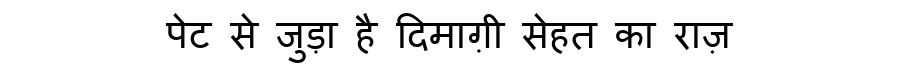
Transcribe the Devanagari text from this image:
पेट से जुड़ा है दिमाग़ी सेहत का राज़